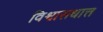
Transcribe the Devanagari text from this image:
विश्वासधात्त